Vital statistics of India. Vol. IV, Annual returns from 1871 to 1876. British Army of India, Native Army and jails of Bengal
Year: 1871
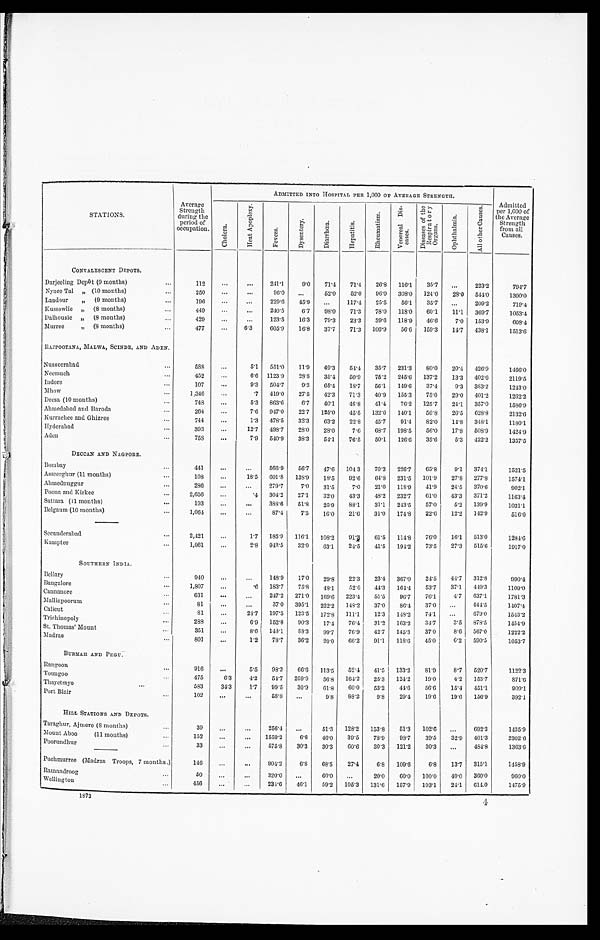
STATIONS.
Average
Strength
during the
period of
occupation.
ADMITTED INTO HOSPITAL PER 1,000 OF AVERAGE STRENGTH.
A d m i t t e d p e r 1 , 0 0 0 o f t h e A v e r a g e S t r e n g t h f r o m a l l C a u s e s .
C h o l e r a .
H e a t A p o p l e x y .
F e v e r s . D y s e n t e r y .
D i a r r h œ a .
H e p a t i t i s .
R h e u m a t i s m .
V e n e r e a l D i s - e a s e s .
D i s e a s e s o f t h e R e s p i r a t o r y O r g a n s .
O p h t h a l m i a .
A l l o t h e r C a u s e s .
CONVALESCENT DEPOTS.
Darjeeling Depôt (9 months) . . .
112
. . .
. . .
241.1
9.0
71.4
71.4
26.8
116.1
35.7
. . .
223.2
794.7
Nynee Tal " (10 months) . . .
250
. . .
. . .
96.0
. . .
52.0
52.0
96.0
308.0
124.0
28.0
544.0
1300.0
Landour " (9 months)
. . .
196
. . .
. . .
229.6
45.9
. . . 117.4
25.5
56.1
35.7
. . .
209.2
719.4
Kussowlie " (8 months) . . .
449
. . .
. . .
240.5
6.7
98.0
71.3
78.0
118.0
60.1
11.1
369.7
1053.4
Dalhousie " (8 months) . . .
4 2 9
. . .
. . .
123.5
16.3
79.3
23.3
39.6
118.9
46.6
7.0
153.9
608.4
Murree " (8 months) . . .
477
. . .
6.3
605.9
16.8
37.7
71.3
106.9
56.6
159.3
14.7
438.1
1513.6
RAJPOOTANA, MALWA, SCINDE, AND ADEN.
Nusseerabad . . .
5 8 8
. . .
5.1
551.0
11.9
49.3
54.4
35.7
231.3
80.0
20.4
426.9
1466.0
Neemuch . . .
452
. . .
6.6
1123.9
28.8
35.4
50.9
75.2
245.6
137.2
13.3
4 0 2 . 6
2119.5
Indore . . .
107
. . .
9.3
504.7
9.3
65.4
1 8 . 7
56.1
149.6
37.4
9.3
383.2
1243.0
Mhow . . .
1,346
. . .
.7
419.0
27.5
42.3
71.3
40.9
155.3
75.0
29.0
401.2
1262.2
Deesa (10 months) . . .
748
. . .
5.3
863.6
6.7
40.1
46.8
41.4
76.2
125.7
24.1
357.0
1586.9
Ahmedabad and Baroda . . .
264
. . .
7.6
947.0
22.7
125.0
45.5
132.6
140.1
56.8
26.5
628.8
2132.6
Kurrachee and Ghizree . . .
744
. . .
1.3
478.5
32.3
63.2
22.8
45.7
91.4
82.0
14.8
348.1
1180.1
Hyderabad . . .
393
. . .
12.7
498.7
28.0
28.0
7.6
68.7
198.5
56.0
17.8
508.9
1424.9
Aden . . .
758
. . .
7.9
540.9
38.3
54.1
76.5
50.1
126.6
35.6
5.3
422.2
1357.5
DECCAN AND NAGPORE.
Bombay . . .
441
. . .
. . . 566.9
56.7
47.6
104.3
70.3
226.7
65.8
9.1
374.1
1521.5
Asseerghur (11 months) . . .
108
. . .
18.5
601.8
138.9
18.5
92.6
64.8
231.5
101.9
27.8
277.8
1574.1
Ahmednuggur . . .
286
. . .
. . . 279.7
7.0
31.5
7.0
21.0
118.9
41.9
24.5
370.6
902.1
Poona and Kirkee . . .
2,656
. . .
.4
304.2
27.1
32.0
43.3
48.2
232.7
61.0
43.3
371.2
1163.4
Sattara (11 months) . . .
193
. . .
. . . 388.6
51.8
25.9
88.1
31.1
243.5
57.0
5.2
139.9
1031.1
Belgaum (10 months) . . .
1,064
. . .
. . .
8 7 . 4
7.5
16.0
21.6
31.0
174.8
22.6
12.2
142.9
516.0
Secunderabad . . .
2,421
. . .
1.7
185.9
116.1
108.2
91. 3
61.5
114.8
76.0
16.1
513.0
1284.6
Kamptee . . .
1,061
. . .
2.8
942.5
32.0
63.1
24.5
41.5
194.2
73.5
27.3
515.6
1917.0
SOUTHERN INDIA.
Bellary . . .
940
. . .
. . .
148.9
17. 0
29.8
22.3
23.4
367.0
24.5
44.7
312.8
990.4
Bangalore . . .
1,807 . . .
.6
183.7
75.8
48.1
52.0
44.3
164.4
53.7
37.1
449.3
1109.0
Cannanore . . .
631
. . .
. . .
247.2
271.0
169.6
223.4
55.5
96.7
76. 1
4 . 7 637.1
1781.3
Malliapoorum . . .
81
. . .
. . .
37.0
395.1
222.2
148.2
37.0
8 6 . 4
37.0
. . .
4 4 4 . 5
1 4 0 7 . 4
Calicut . . .
81
. . .
24.7
197.5
123.5
172.8
111.1
12.3
148.2
74.1
. . . 679.0
1543.2
Trichinopoly . . .
288
. . .
6.9
152.8
90.3
17.4
76.4
31.2
163.2
34.7
3.5
878.5
1454.9
St. Thomas' Mount . . .
351
. . .
8.6
148.1
88.3
99.7
76.9
42.7
145.3
37.0
8.6
567.0
1222.2
Madras . . .
801
. . .
1.2
78.7
36.2
20.0
66.2
91.1
118.6
45.0
6.2
590.5
1053.7
BURMAH AND PEGU.
Rangoon . . .
916
. . .
5.5
98.3
66.6
113.5
52.4
41.5
133.2
81.9
8.7
520.7
1122.3
Toungoo . . .
475
6.3
4.2
54.7
259.0
56.8
164.2
25.3
124.2
19.0
4.2
153.7
871.6
Thayetmyo . . .
583
34.3
1.7
99.5
30.9
61.8
60.0
53.2
44.6
56.6
15.4
451.1
909.1
P o r t B l a i r . . .
102
. . .
. . .
5 8 . 8
. . .
9.8
88.2
9.8
29.4
19.6
19.6
156.9
392.1
HILL STATIONS AND DEPOTS.
Taraghur, Ajmere (8 months) . . .
3 9
. . .
. . .
256.4
. . .
51.3
128.2
153.8
51.3
102.6
. . . 692.3
1435.9
Mount Aboo (11 months) . . .
152
. . .
. . .
1559.2
6.6
46.0
39.5
78.9
98.7
39.5
32.9
401.3
2302.6
Poorundhur . . .
33
. . .
. . .
575.8
30.3
30.3
60.6
30.3
121.2
30.3
. . . 484.8
1363.6
Puchmurree (Madras Troops, 7 months.)
146
. . .
. . .
904.2
6 . 8
68.5
27.4
6.8
109.6
6.8
13.7
315.1
1458.9
R a m a n d r o o g . . .
50
. . .
. . .
320.0
. . .
60.0
. . .
20.0
60.0
100.0
40.0
360.0
960.0
Wellington . . .
456
. . .
. . .
234.6
46.1
59.2
105.3
131.6
157.9
103.1
24.1
614.0
1475.9
1873